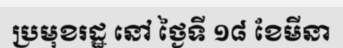
ប្រមុខរដ្ឋ នៅ ថ្ងៃទី ១៨ ខែមីនា